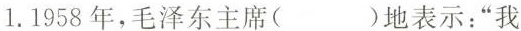
1.1958年，毛泽东主席( )地表示：”我